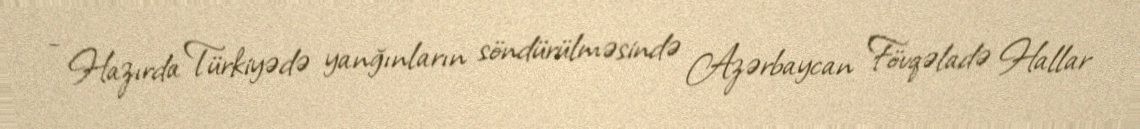
- Hazırda Türkiyədə yanğınların söndürülməsində Azərbaycan Fövqəladə Hallar